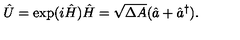
\hat { U } = \exp ( i \hat { H } ) \hat { H } = \sqrt { \Delta A } ( \hat { a } + \hat { a } ^ { \dag } ) .